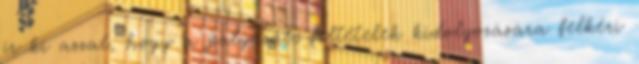
ír ki azzal, hogy a pályázati feltételek kidolgozására felkéri